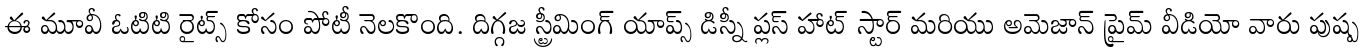
ఈ మూవీ ఓటిటి రైట్స్ కోసం పోటీ నెలకొంది. దిగ్గజ స్ట్రీమింగ్ యాప్స్ డిస్నీ ప్లస్ హాట్ స్టార్ మరియు అమెజాన్ ప్రైమ్ వీడియో వారు పుష్ప